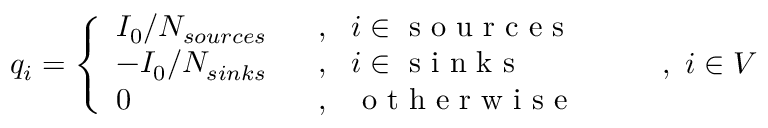
q _ { i } = \left\{ \begin{array} { l l } { I _ { 0 } / N _ { s o u r c e s } \ \ } & { , \ \ i \in \mathrm { ~ s ~ o ~ u ~ r ~ c ~ e ~ s ~ } } \\ { - I _ { 0 } / N _ { s i n k s } \ \ } & { , \ \ i \in \mathrm { ~ s ~ i ~ n ~ k ~ s ~ } } \\ { 0 \ \ } & { , \ \ \mathrm { ~ o ~ t ~ h ~ e ~ r ~ w ~ i ~ s ~ e ~ } } \end{array} \right. \qquad , \ i \in V